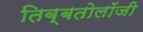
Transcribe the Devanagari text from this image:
तिब्‍बतोलॉजी